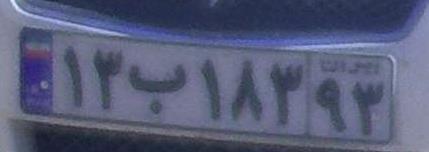
۱۳ب۱۸۳۹۳